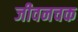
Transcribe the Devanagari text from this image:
जीवनचक